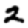
Digit: 2